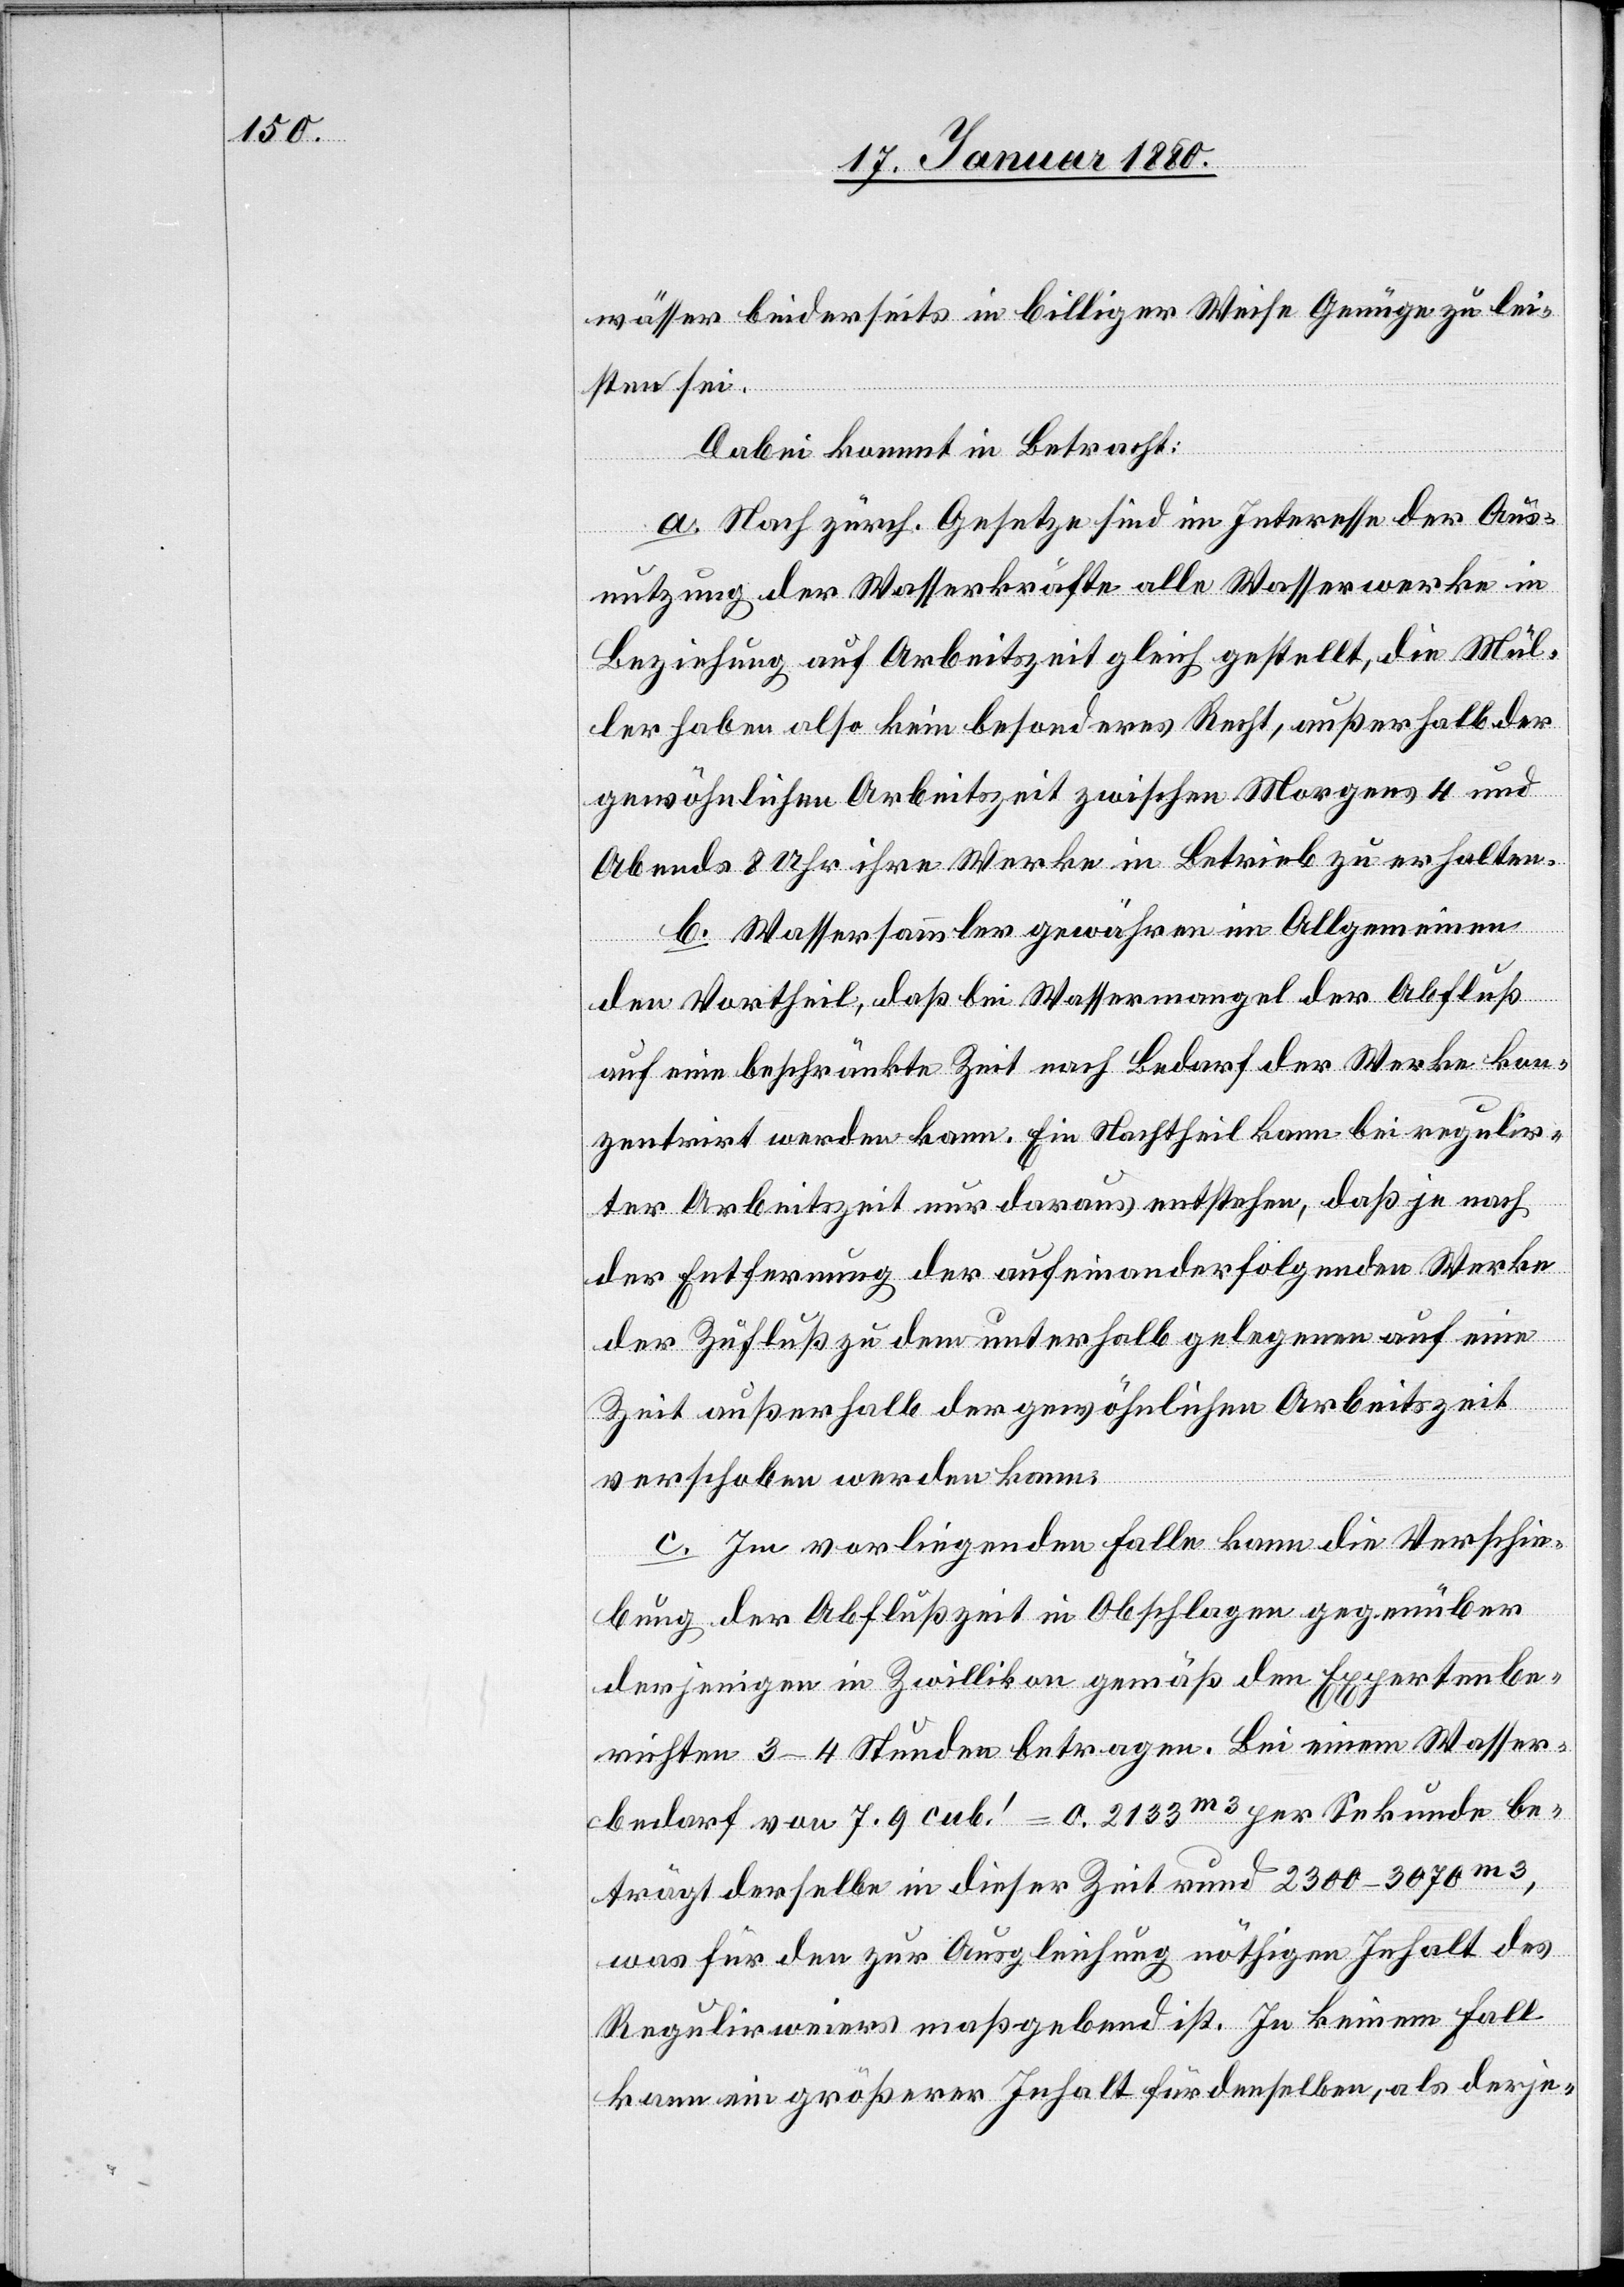
wässer beiderseits in billiger Weise Genüge zu lei¬
sten sei.
Dabei kommt in Betracht:
a. Nach zürch. Gesetze sind im Interesse der Aus¬
nutzung der Wasserkräfte alle Wasserwerke in
Beziehung auf Arbeitszeit gleich gestellt, die Mül¬
ler haben also kein besonderes Recht, außerhalb der
gewöhnlichen Arbeitszeit zwischen Morgens 4 und
Abends 8 Uhr ihre Werke in Betrieb zu erhalten.
b. Wassersammler gewähren im Allgemeinen
den Vortheil, daß bei Wassermangel der Abfluß
auf eine beschränkte Zeit nach Bedarf der Werke kon¬
zentrirt werden kann. Ein Nachtheil kann bei regulir¬
ter Arbeitszeit nur daraus entstehen, daß je nach
der Entfernung der aufeinanderfolgenden Werke
der Zufluß zu dem unterhalb gelegenen auf eine
Zeit außerhalb der gewöhnlichen Arbeitszeit
verschoben werden kann.
c. Im vorliegenden Falle kann die Verschie¬
bung der Abflußzeit in Obschlagen gegenüber
derjenigen in Zwillikon gemäß den Expertenbe¬
richten 3–4 Stunden betragen. Bei einem Wasser¬
bedarf von 7.9 cub.‘ = 0,2133m3 per Sekunde be¬
trägt derselbe in dieser Zeit rund 2300–3070m3,
was für den zur Ausgleichung nöthigen Inhalt des
Regulirweiers maßgebend ist. In keinem Fall
kann ein größerer Inhalt für denselben, als derje-